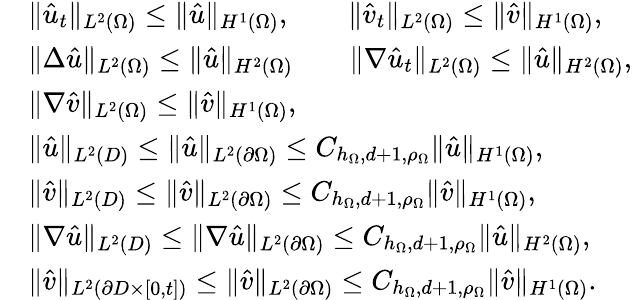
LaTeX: \begin{array}{rl}&{\| \hat{u}_{t}\| _{L^{2}(\Omega)}\leq\| \hat{u}\| _{H^{1}(\Omega)},\qquad\| \hat{v}_{t}\| _{L^{2}(\Omega)}\leq\| \hat{v}\| _{H^{1}(\Omega)},}\\ &{\| \Delta\hat{u}\| _{L^{2}(\Omega)}\leq\| \hat{u}\| _{H^{2}(\Omega)}\qquad\| \nabla\hat{u}_{t}\| _{L^{2}(\Omega)}\leq\| \hat{u}\| _{H^{2}(\Omega)},}\\ &{\| \nabla\hat{v}\| _{L^{2}(\Omega)}\leq\| \hat{v}\| _{H^{1}(\Omega)},}\\ &{\| \hat{u}\| _{L^{2}(D)}\leq\| \hat{u}\| _{L^{2}(\partial\Omega)}\leq C_{h_{\Omega},d+1,\rho_{\Omega}}\| \hat{u}\| _{H^{1}(\Omega)},}\\ &{\| \hat{v}\| _{L^{2}(D)}\leq\| \hat{v}\| _{L^{2}(\partial\Omega)}\leq C_{h_{\Omega},d+1,\rho_{\Omega}}\| \hat{v}\| _{H^{1}(\Omega)},}\\ &{\| \nabla\hat{u}\| _{L^{2}(D)}\leq\| \nabla\hat{u}\| _{L^{2}(\partial\Omega)}\leq C_{h_{\Omega},d+1,\rho_{\Omega}}\| \hat{u}\| _{H^{2}(\Omega)},}\\ &{\| \hat{v}\| _{L^{2}(\partial D\times[0,t])}\leq\| \hat{v}\| _{L^{2}(\partial\Omega)}\leq C_{h_{\Omega},d+1,\rho_{\Omega}}\| \hat{v}\| _{H^{1}(\Omega)}.}\end{array}